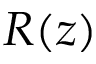
R ( z )